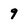
Character: 9